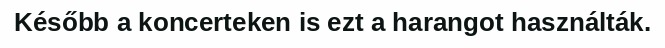
Később a koncerteken is ezt a harangot használták.